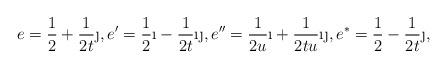
LaTeX: \begin{align*} e = \frac{1}{2} + \frac{1}{2t} \j, e' = \frac{1}{2} \i - \frac{1}{2t} \i \j, e'' = \frac{1}{2u} \i + \frac{1}{2tu} \i \j, e^* = \frac{1}{2} - \frac{1}{2t} \j,\end{align*}